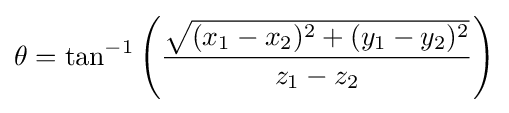
\theta =\tan ^{-1}\left({\frac {\sqrt {(x_{1}-x_{2})^{2}+(y_{1}-y_{2})^{2}}}{z_{1}-z_{2}}}\right)